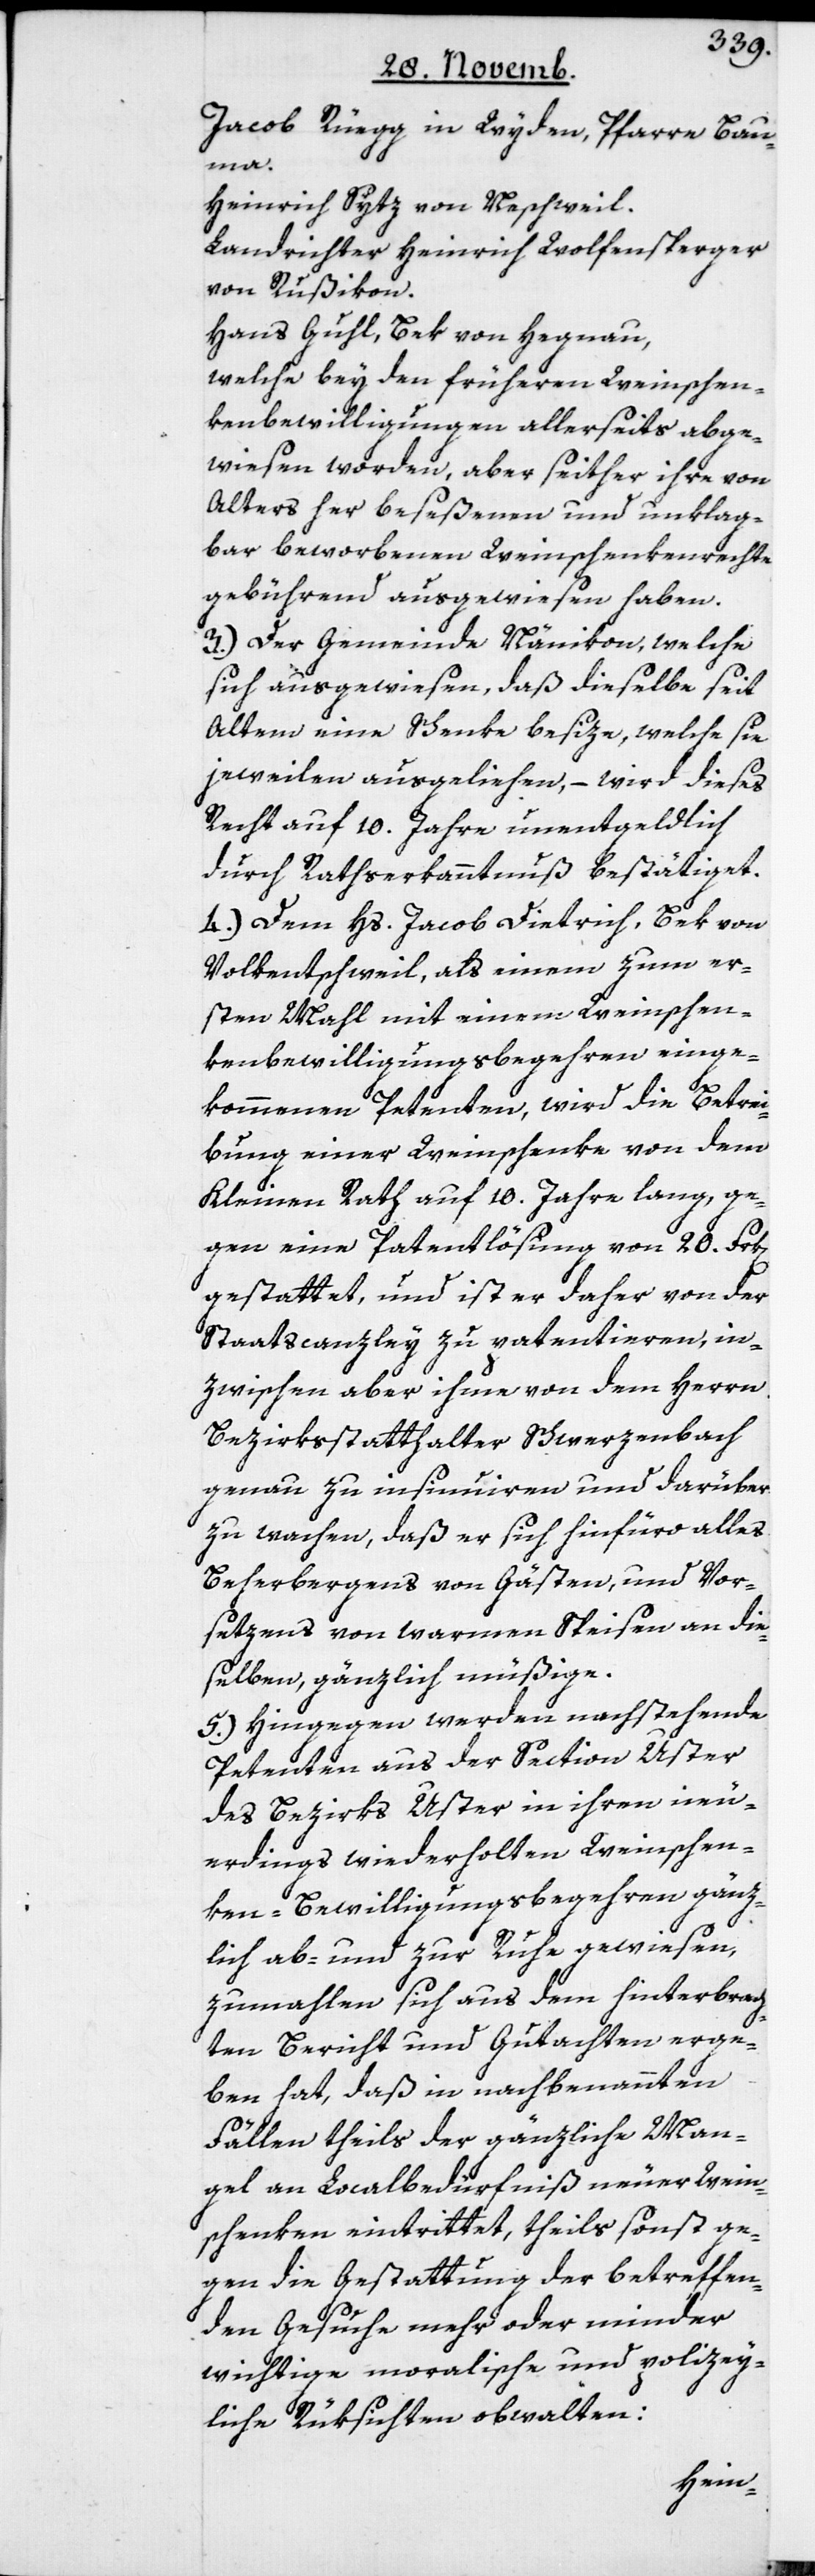
Jacob Rüegg in Wyden, Pfarre Bau¬
ma.
Heinrich Sytz von Neschweil.
Landrichter Heinrich Wolfensperger
von Rußikon.
Hans Guhl, Bek von Hegnau,
welche bey den früheren Weinschen¬
kenbewilligungen allerseits abge¬
wiesen worden, aber seither ihre von
Alters her beseßenen und unklag¬
bar beworbenen Weinschenkenrechte
gebührend ausgewiesen haben.
3.) Der Gemeinde Nänikon, welche
sich ausgewiesen, daß dieselbe seit
Altem eine Schenke besize, welche sie
jeweilen ausgeliehen, – wird dieses
Recht auf 10. Jahre unentgeldlich
durch Rathserkanntnuß bestätiget.
4.) Dem Hs. Jacob Dietrich, Bek von
Volkentschweil, als einem zum er¬
sten Mahl mit einem Weineschen¬
kenbewilligungsbegehren einge¬
n].
kommenen Petenten, wird die Betrei¬
bung einer Weinschenke von dem
Kleinen Rath auf 10. Jahre lang, ge¬
gen eine Patentlösung von 20. Frk[e¬
gestattet, und ist er daher von der
Staatscanzley zu patentieren, in¬
zwischen aber ihme von dem Herrn
Bezirksstatthalter Schwerzenbach
genau zu insinuieren und darüber
zu wachen, daß er sich hinfüro alles
Beherbergens von Gästen und Vor¬
setzen von warmen Speisen an die¬
selben, gänzlich müßige.
5.) Hingegen werden nachstehende
Petenten aus der Section Uster
des Bezirks Uster in ihren neu¬
erdings wiederholten Weinschen¬
ken-Bewilligungsbegehren gänz¬
lich ab- und zur Ruhe gewiesen,
zumahlen sich aus dem hinterbrach¬
ten Bericht und Gutachten erge¬
ben hat, daß in nachbenannten
Fällen theils der gänzliche Man¬
gel an Localbedürfniß neuer Wein¬
schenken eintrittet, theils sonst ge¬
gen die Gestattung der betreffen¬
den Gesuche mehr oder minder
wichtige moralische und polizey¬
liche Rüksichten obwalten: